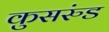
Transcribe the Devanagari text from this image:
कुसरुंड